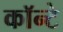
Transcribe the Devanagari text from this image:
कॉन्टे